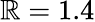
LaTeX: \mathbb{R}=1.4